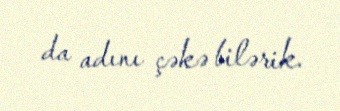
da adını çəkə bilərik.